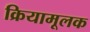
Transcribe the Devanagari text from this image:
क्रियामूलक